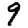
Digit: 9